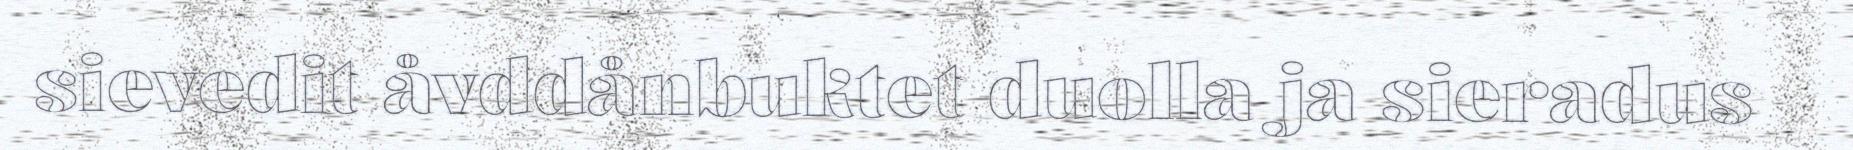
sievedit åvddånbuktet duolla ja sieradus